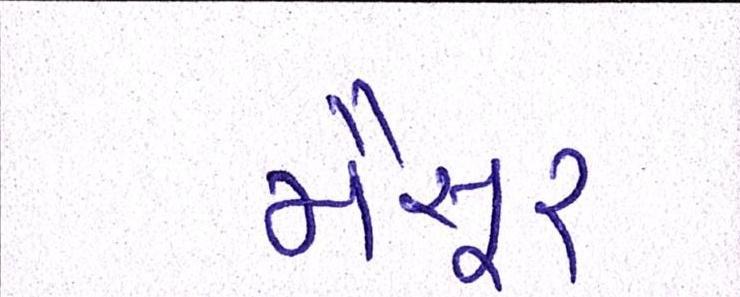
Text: મૈસૂર